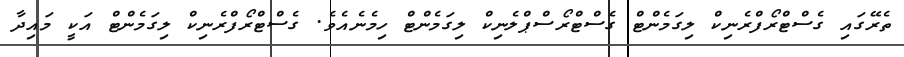
ތެރޭގައި ގެސްޓްރޯފްރެނިކް ލިގަމެންޓް ގެސްޓްރޯސްޕްލެނިކް ލިގަމެންޓް ހިމެނެއެވެ. ގެސްޓްރޯފްރެނިކް ލިގަމެންޓް އަކީ މައިދާ